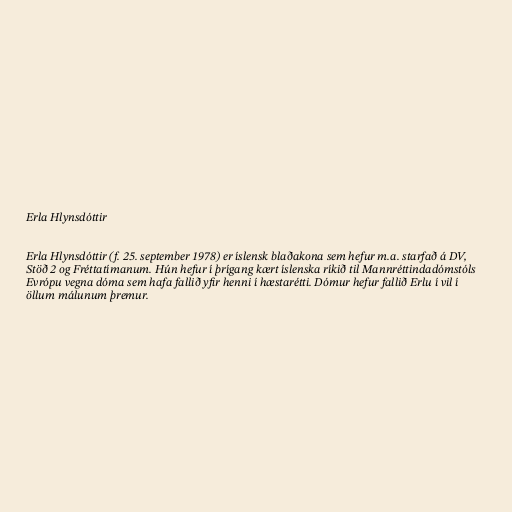
Erla Hlynsdóttir

Erla Hlynsdóttir (f. 25. september 1978) er íslensk blaðakona sem hefur m.a. starfað á DV,
Stöð 2 og Fréttatímanum. Hún hefur í þrígang kært íslenska ríkið til Mannréttindadómstóls
Evrópu vegna dóma sem hafa fallið yfir henni í hæstarétti. Dómur hefur fallið Erlu í vil í
öllum málunum þremur.